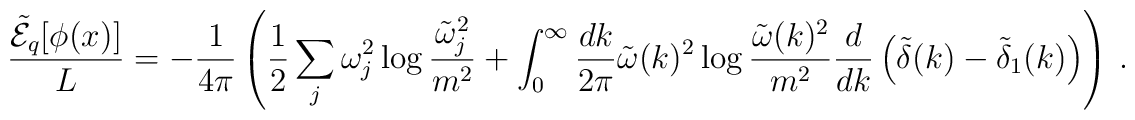
\frac{\tilde{\cal E}_q[\phi(x)]}{L} = -\frac{1}{4\pi} \left(\frac{1}{2} \sum_j \omega_j^2 \log \frac{\tilde \omega_j^2}{m^2}+ \int_0^\infty \frac{dk}{2\pi} \tilde \omega(k)^2 \log\frac{\tilde \omega(k)^2}{m^2} \frac{d}{dk}\left(\tilde\delta(k) - \tilde\delta_1(k) \right) \right) \,.